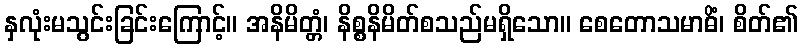
နှလုံးမသွင်းခြင်းကြောင့်။ အနိမိတ္တံ၊ နိစ္စနိမိတ်စသည်မရှိသော။ စေတောသမာဓိံ၊ စိတ်၏